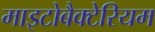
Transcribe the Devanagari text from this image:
माइटोबैक्टेरियम